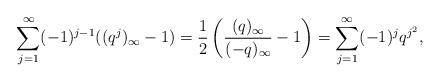
LaTeX: \begin{align*}\sum_{j=1}^{\infty}(-1)^{j-1}((q^{j})_{\infty}-1)=\frac{1}{2}\left(\frac{(q)_{\infty}}{(-q)_{\infty}}-1\right)=\sum_{j=1}^{\infty}(-1)^jq^{j^2},\end{align*}